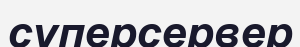
суперсервер